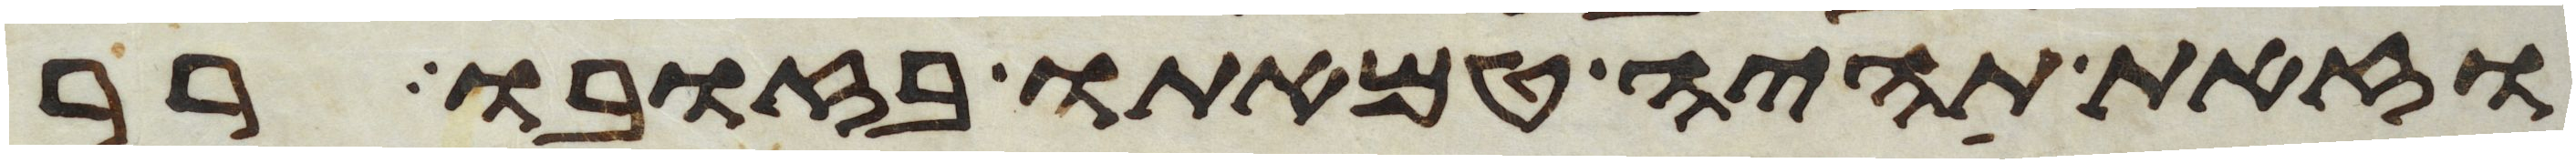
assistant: וזאת תהיה טמאתו בזובו רר